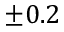
\pm 0 . 2